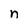
Character: n